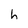
Character: h